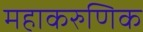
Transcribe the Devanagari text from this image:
महाकरुणिक